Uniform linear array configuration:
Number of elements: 16
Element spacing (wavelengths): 0.25
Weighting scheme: kaiser
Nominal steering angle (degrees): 15
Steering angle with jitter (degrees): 13.985
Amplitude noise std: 0.05
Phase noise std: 0.05

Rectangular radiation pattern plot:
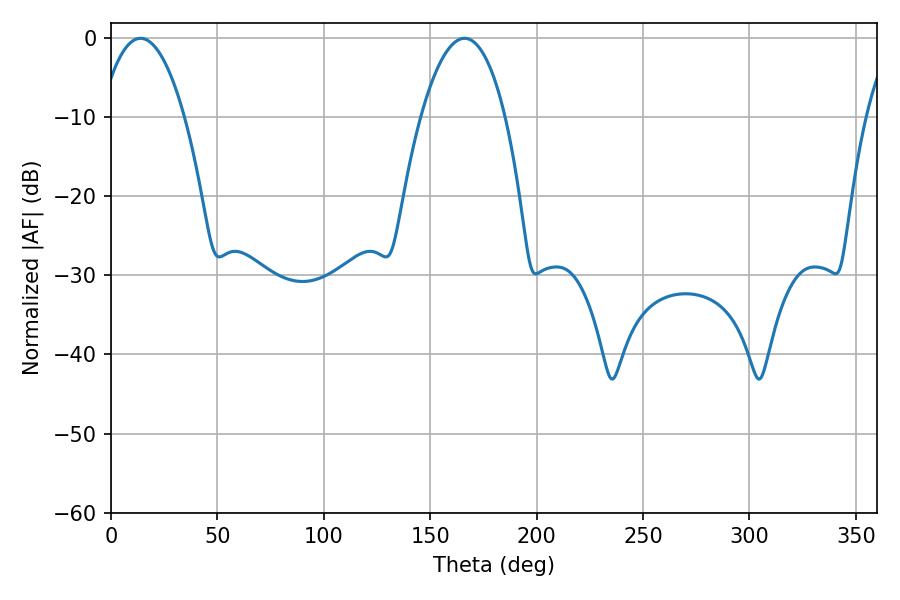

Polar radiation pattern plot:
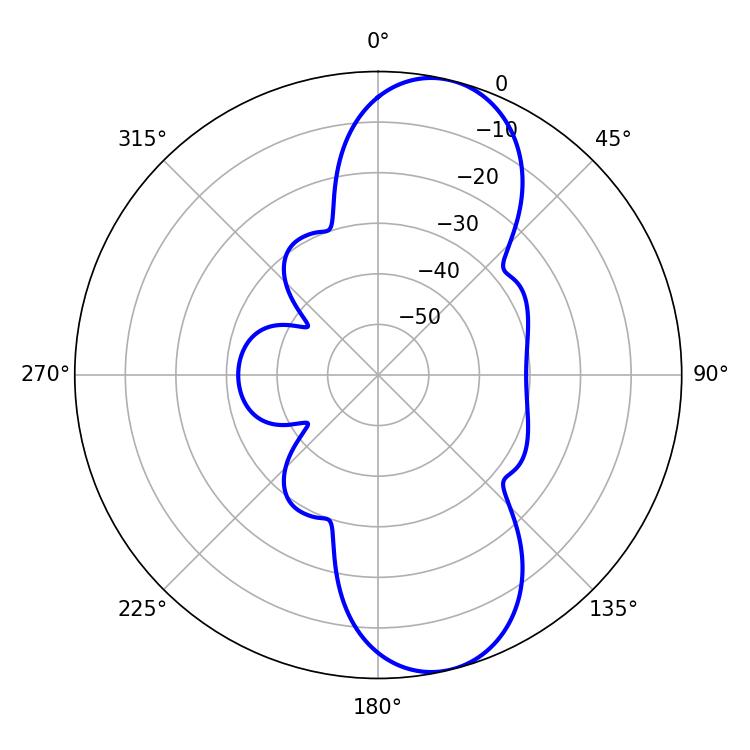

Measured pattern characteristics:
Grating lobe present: FALSE
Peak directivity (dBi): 9.975
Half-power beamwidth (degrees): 22.14
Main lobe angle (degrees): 13.86